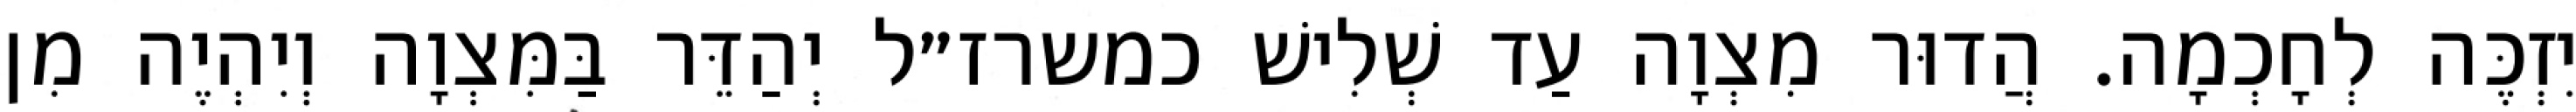
יִזְכֶּה לְחָכְמָה. הֲדוּר מִצְוָה עַד שְׁלִישׁ כמשרז״ל יְהַדֵּר בַּמִּצְוָה וְיִהְיֶה מִן